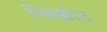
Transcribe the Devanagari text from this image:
चिकोउ